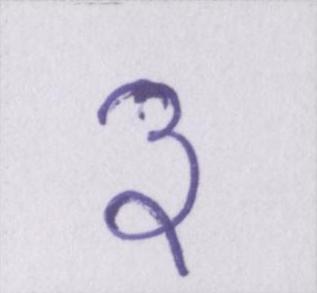
३